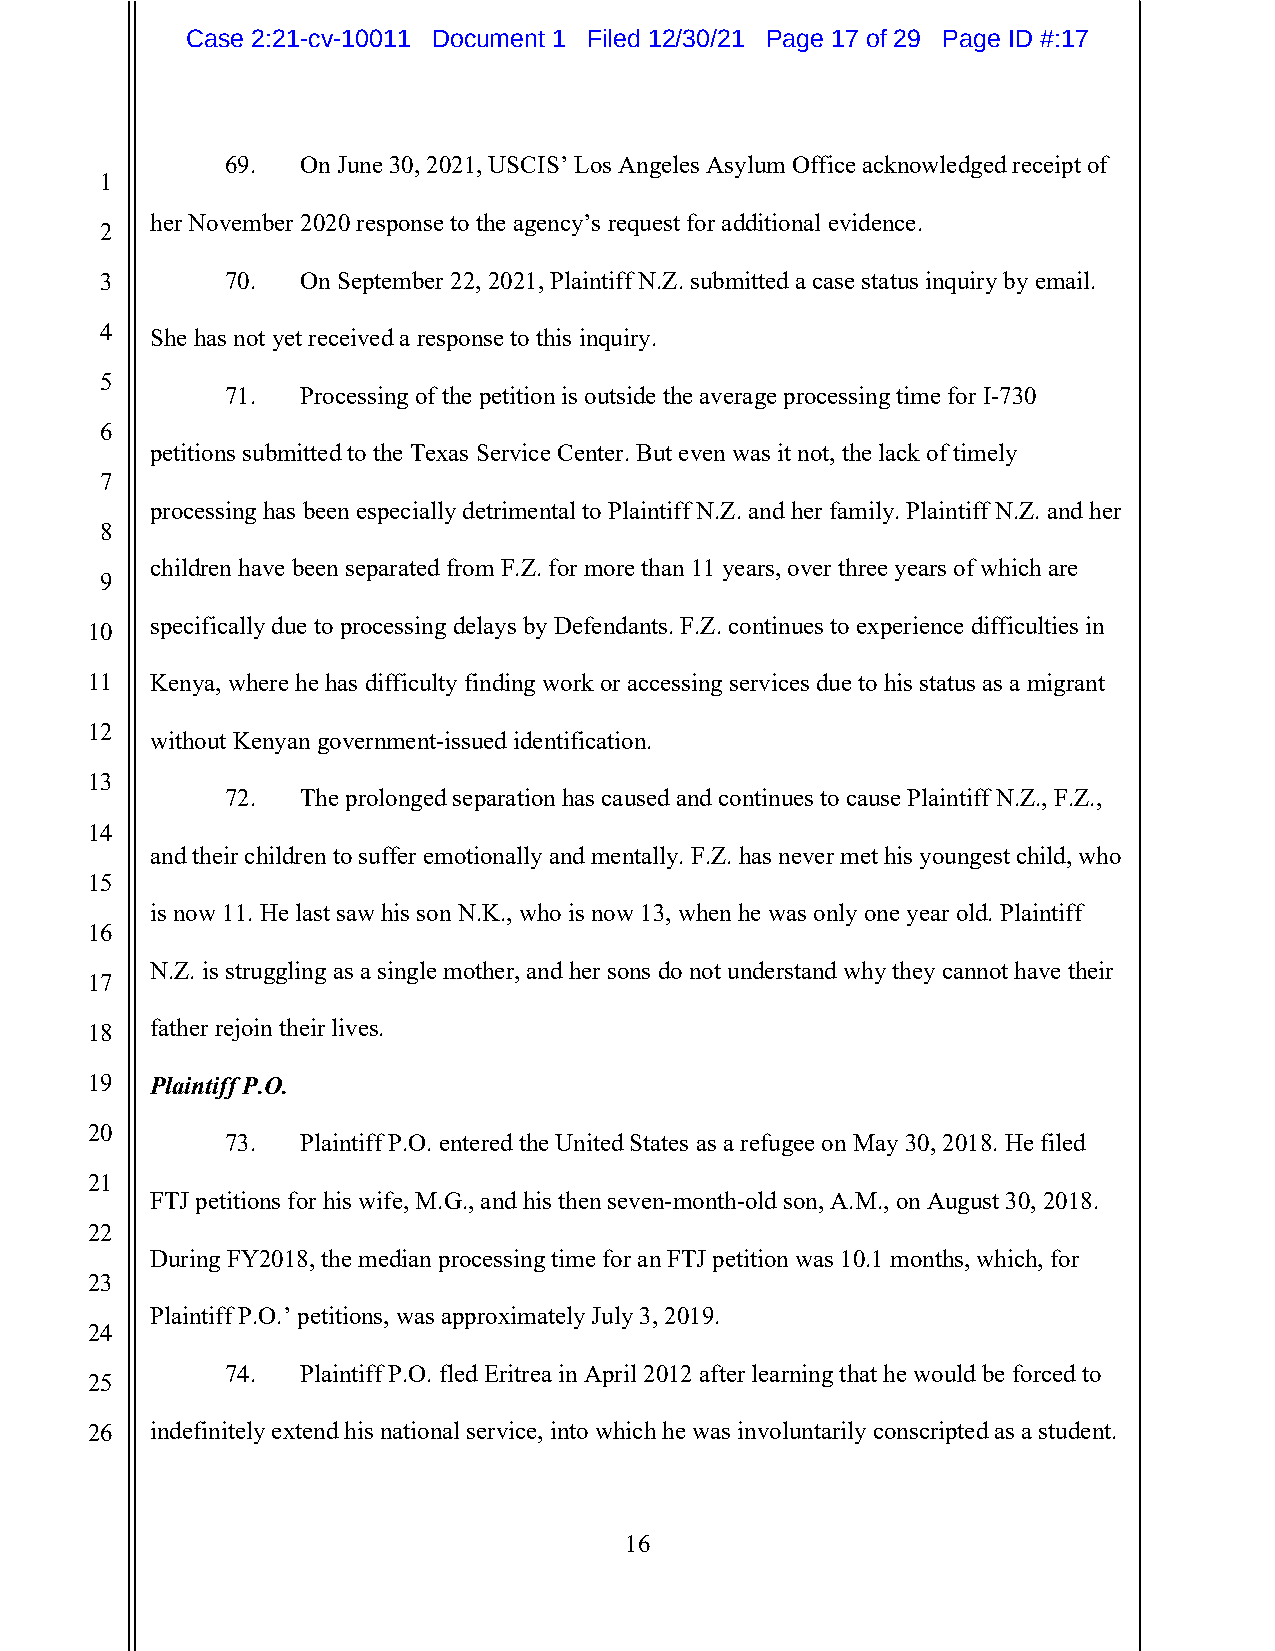
Case 2:21-cv-10011 Document 1 Filed 12/30/21 Page 17 of 29 Page ID #:17
 69.  On June 30, 2021, USCIS’ Los Angeles Asylum Office acknowledged receipt of
 1
 her November 2020 response to the agency’s request for additional evidence.
 2
 3       70.  On September 22, 2021, Plaintiff N.Z. submitted a case status inquiry by email.
 4  She has not yet received a response to this inquiry.
 5
 71.  Processing of the petition is outside the average processing time for I-730
 6
 petitions submitted to the Texas Service Center. But even was it not, the lack of timely
 7
 processing has been especially detrimental to Plaintiff N.Z. and her family. Plaintiff N.Z. and her
 8
 children have been separated from F.Z. for more than 11 years, over three years of which are
 9
 specifically due to processing delays by Defendants. F.Z. continues to experience difficulties in
 10
 11  Kenya, where he has difficulty finding work or accessing services due to his status as a migrant
 12
 without Kenyan government-issued identification.
 13
 72.  The prolonged separation has caused and continues to cause Plaintiff N.Z., F.Z.,
 14
 and their children to suffer emotionally and mentally. F.Z. has never met his youngest child, who
 15
 is now 11. He last saw his son N.K., who is now 13, when he was only one year old. Plaintiff
 16
 N.Z. is struggling as a single mother, and her sons do not understand why they cannot have their
 17
 18  father rejoin their lives.
 19  Plaintiff P.O.
 20
 73.  Plaintiff P.O. entered the United States as a refugee on May 30, 2018. He filed
 21
 FTJ petitions for his wife, M.G., and his then seven-month-old son, A.M., on August 30, 2018.
 22
 During FY2018, the median processing time for an FTJ petition was 10.1 months, which, for
 23
 Plaintiff P.O.’ petitions, was approximately July 3, 2019.
 24
 74.  Plaintiff P.O. fled Eritrea in April 2012 after learning that he would be forced to
 25
 26  indefinitely extend his national service, into which he was involuntarily conscripted as a student.
 16